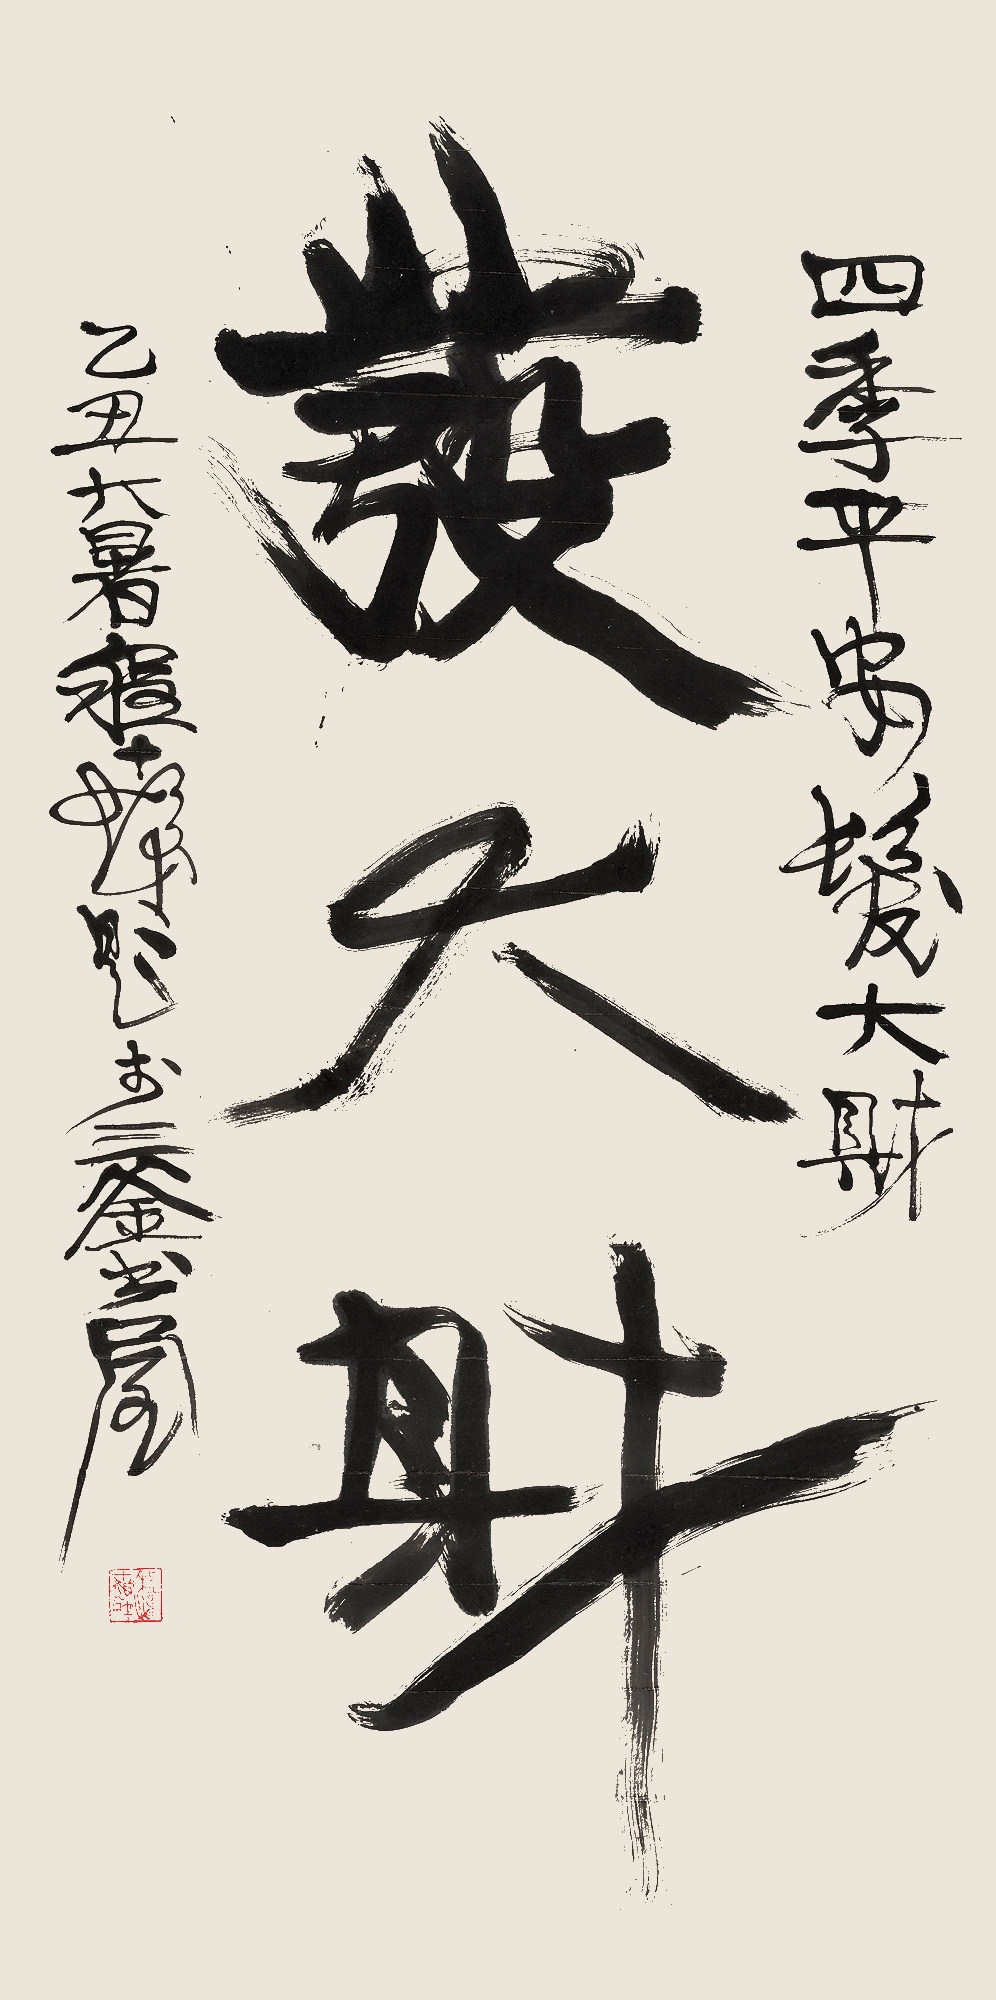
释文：四季平安发大财。乙丑大暑，程十发题于三釜书屋。